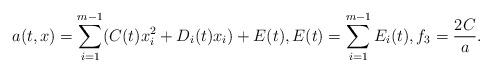
LaTeX: \begin{align*}a(t,x)=\sum^{m-1}_{i=1}(C(t)x_i^2+D_i(t)x_i)+E(t), E(t)=\sum^{m-1}_{i=1}E_i(t), f_3=\frac{2C}a.\end{align*}